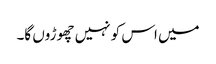
میں اس کو نہیں چھوڑوں گا۔